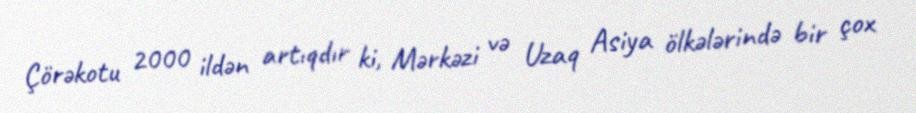
Çörəkotu 2000 ildən artıqdır ki, Mərkəzi və Uzaq Asiya ölkələrində bir çox